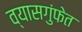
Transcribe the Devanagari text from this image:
व्यासगुंफेत